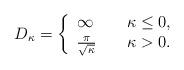
LaTeX: \begin{align*}D_\kappa=\left\{\begin{array}{ll}\infty&\quad\kappa\le 0,\\\frac{\pi}{\sqrt\kappa}&\quad\kappa>0.\end{array}\right.\end{align*}